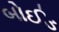
બોઈડ